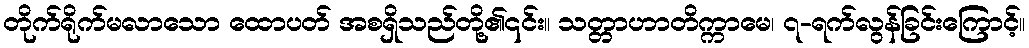
တိုက်ရိုက်မလာသော ထောပတ် အစရှိသည်တို့၏၎င်း။ သတ္တာဟာတိက္ကာမေ၊ ၇-ရက်လွန်ခြင်းကြောင့်။